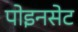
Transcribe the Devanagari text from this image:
पोइनसेट